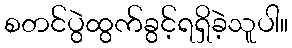
စတင်ပွဲထွက်ခွင့်ရရှိခဲ့သူပါ။